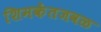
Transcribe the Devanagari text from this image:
शिमकेंतजवळ